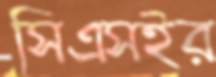
সিএসইর